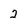
Character: 2